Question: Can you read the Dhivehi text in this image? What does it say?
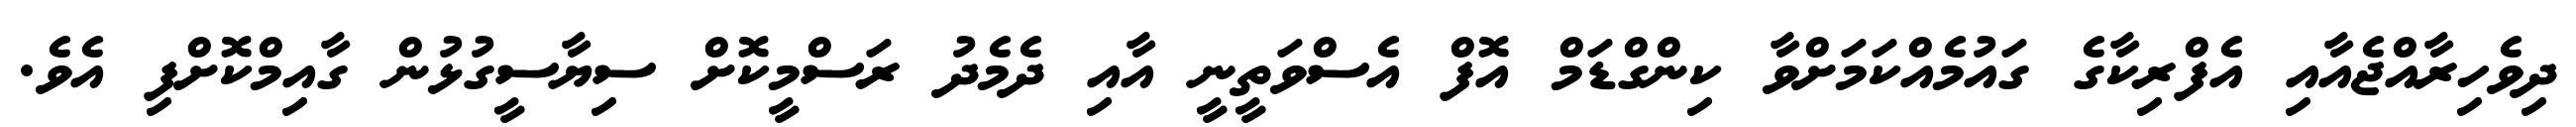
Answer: ދިވެހިރާއްޖެއާއި އެފްރިކާގެ ގައުމެއްކަމަށްވާ ކިންގްޑަމް އޮފް އެސްވަތީނީ އާއި ދެމެދު ރަސްމީކޮށް ސިޔާސީގުޅުން ގާއިމްކޮށްފި އެވެ.